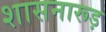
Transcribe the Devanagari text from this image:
शासनारूड़